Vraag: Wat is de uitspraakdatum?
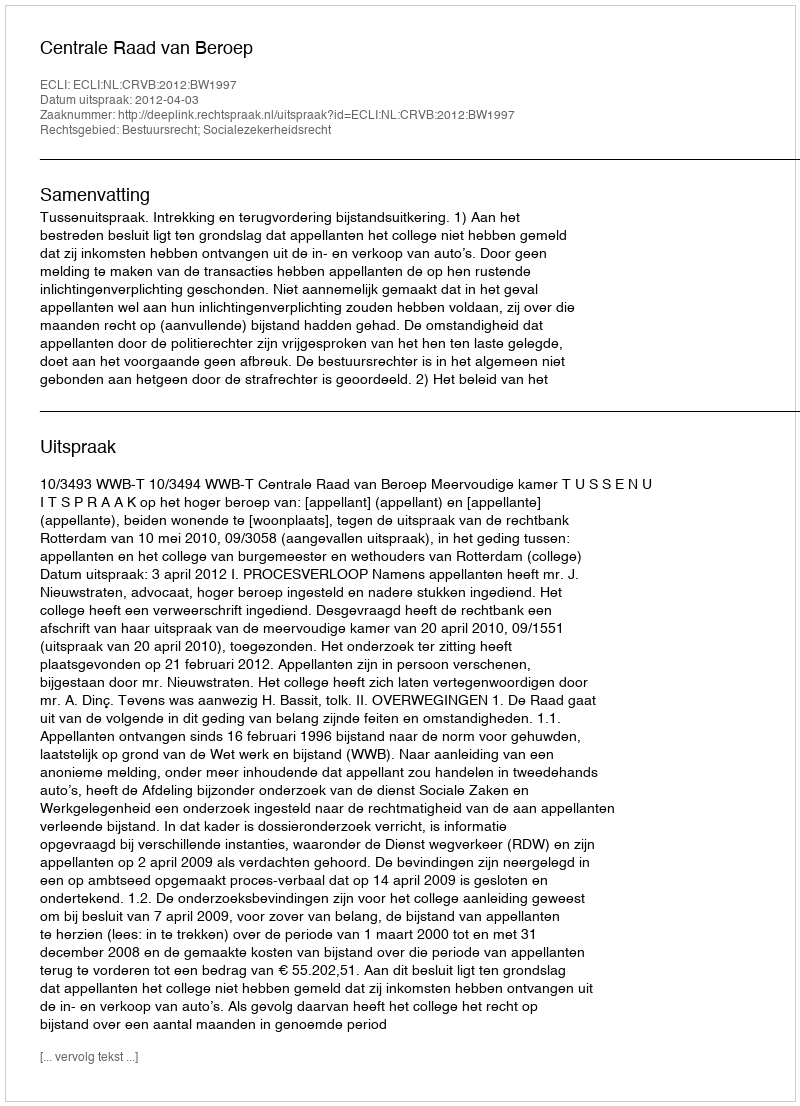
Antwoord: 2012-04-03